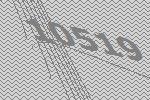
10519